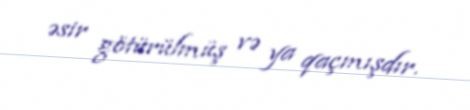
əsir götürülmüş və ya qaçmışdır.